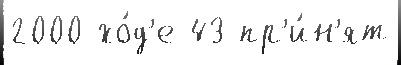
2000 хо́д'е 43 пр'и́н'ят